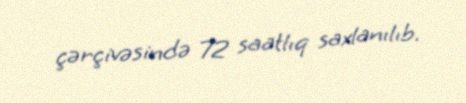
çərçivəsində 72 saatlıq saxlanılıb.